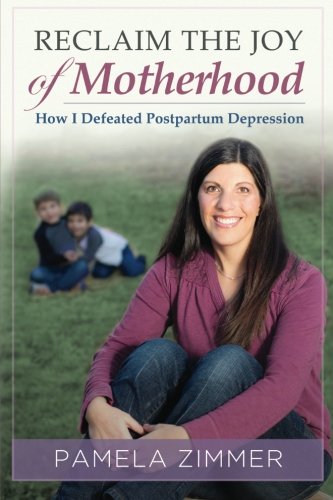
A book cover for Reclaim The Joy of Motherhood: How I Defeated Postpartum Depression; Pamela Zimmer; Health, Fitness & Dieting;